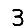
Digit: 3